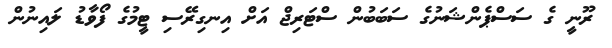
ރޫނީ ގެ ސަސްޕެންޝަނުގެ ސަބަބުން ސްޓަރިޖް އަށް އިނގިރޭސި ޓީމުގެ ފޯވާޑު ލައިނުން